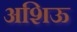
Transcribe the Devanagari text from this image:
अशिऊ